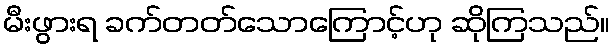
မီးဖွားရ ခက်တတ်သောကြောင့်ဟု ဆိုကြသည်။